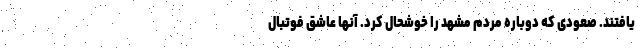
یافتند. صعودی که دوباره مردم مشهد را خوشحال کرد. آنها عاشق فوتبال